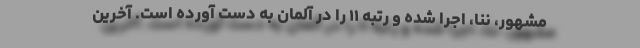
مشهور، ننا، اجرا شده و رتبه ۱۱ را در آلمان به دست آورده است. آخرین